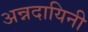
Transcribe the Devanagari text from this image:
अन्नदायिनी